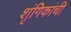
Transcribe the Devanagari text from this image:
शृंगिकांची